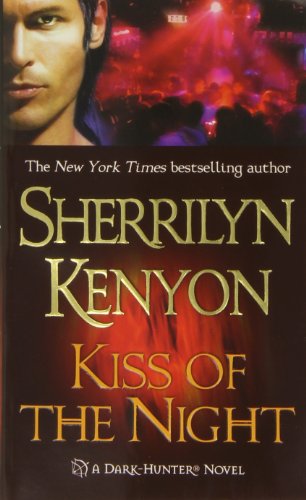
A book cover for Kiss of the Night (Dark-Hunter, Book 5); Sherrilyn Kenyon; Romance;